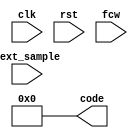
module nco(
    input clk,
    input rst,
    input [23:0] fcw,
    input next_sample,
    output [13:0] code
);
    assign code = 0;
endmodule